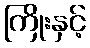
ကြိုးနှင့်